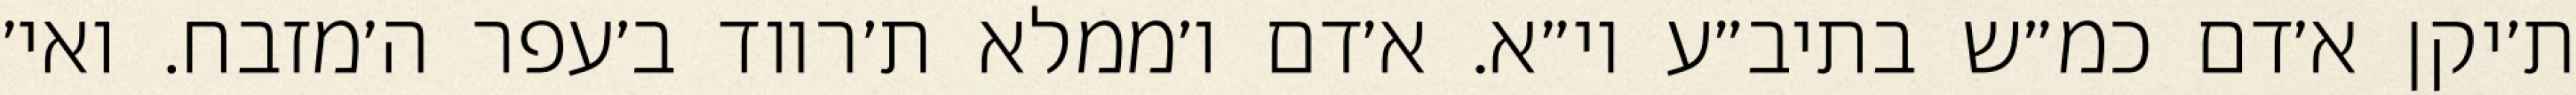
ת׳יקן א׳דם כמ״ש בתיב״ע וי״א. א׳דם ו׳ממלא ת׳רווד ב׳עפר ה׳מזבח. ואי׳